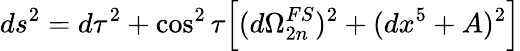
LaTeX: ds^{2}=d\tau^{2}+\cos^{2}\tau\Big[(d\Omega_{2n}^{FS})^{2}+(dx^{5}+A)^{2}\Big]